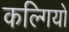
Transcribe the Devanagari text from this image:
कल्गियों